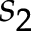
s _ { 2 }